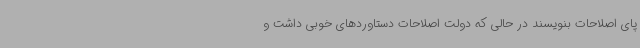
پای اصلاحات بنویسند در حالی که دولت اصلاحات دستاوردهای خوبی داشت و